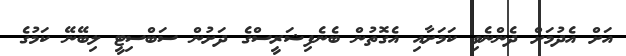
އަށް އެދުމަށް ދެންނެވި ކަމަށާއި އެގޮތުން ބެނެފިޝަރީސްގެ ދަށުން ސަބްސިޓީ ލިބޭނޭ ކަމުގެ